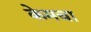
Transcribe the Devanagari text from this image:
केमचा